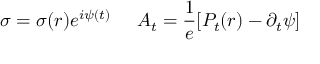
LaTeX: \sigma = \sigma ( r ) e ^ { i \psi ( t ) } \; \; \; \; \; A _ { t } = \frac { 1 } { e } [ P _ { t } ( r ) - \partial _ { t } \psi ]